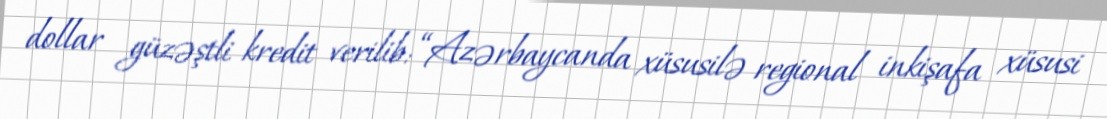
dollar güzəştli kredit verilib: “Azərbaycanda xüsusilə regional inkişafa xüsusi